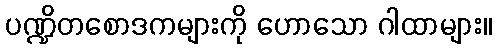
ပဏ္ဍိတစောဒကများကို ဟောသော ဂါထာများ။